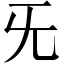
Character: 旡